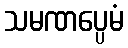
သမဏပ္ပေမံ